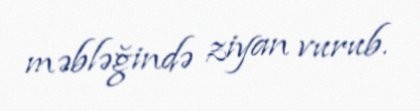
məbləğində ziyan vurub.